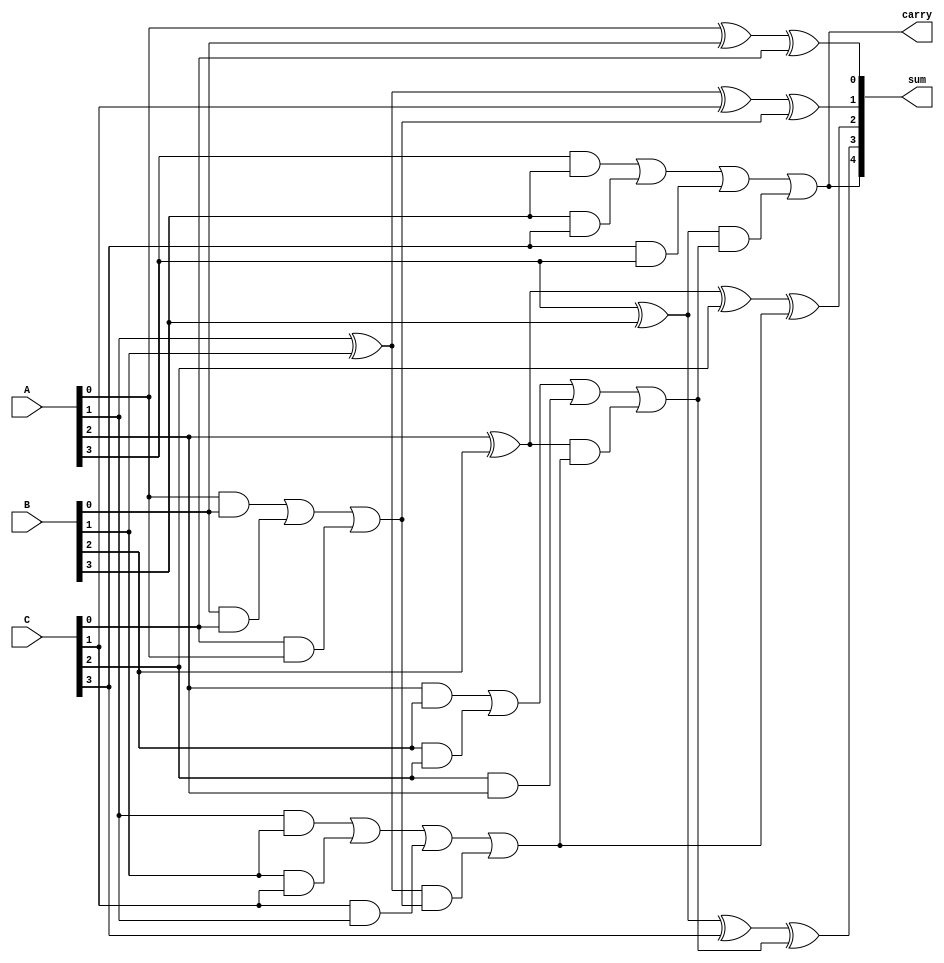
module carry_save_adder #(
    parameter N = 4 // Number of bits
) (
    input  [N-1:0] A, // First input
    input  [N-1:0] B, // Second input
    input  [N-1:0] C, // Third input
    output [N:0] sum,  // Sum output (N bits + 1 carry bit)
    output carry       // Final carry output
);

    wire [N-1:0] S; // Intermediate sum outputs
    wire [N-1:0] C_out; // Intermediate carry outputs

    // Generate full adders for each bit position
    generate
        genvar i;
        for (i = 0; i < N; i = i + 1) begin : full_adder
            if (i == 0) begin
                // First bit, no carry-in
                assign S[i] = A[i] ^ B[i] ^ C[i];
                assign C_out[i] = (A[i] & B[i]) | (B[i] & C[i]) | (C[i] & A[i]);
            end else begin
                // Subsequent bits with carry-in from previous stage
                assign S[i] = A[i] ^ B[i] ^ C[i] ^ C_out[i-1];
                assign C_out[i] = (A[i] & B[i]) | (B[i] & C[i]) | (C[i] & A[i]) | 
                                   ((A[i] ^ B[i]) & C_out[i-1]);
            end
        end
    endgenerate

    // The final sum output combines all sum bits and the final carry
    assign sum = {C_out[N-1], S}; // Final output includes final carry bit
    assign carry = C_out[N-1]; // Final carry out

endmodule